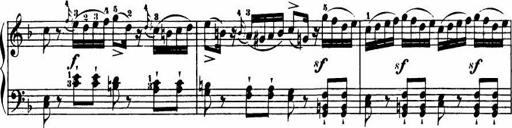
Title: Le bouquetier
Composer: Anton Diabelli
Key: G major
 C major
 F major
 C major